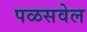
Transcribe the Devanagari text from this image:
पळसवेल